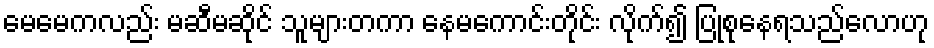
မေမေကလည်း မဆီမဆိုင် သူများတကာ နေမကောင်းတိုင်း လိုက်၍ ပြုစုနေရသည်လောဟု